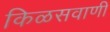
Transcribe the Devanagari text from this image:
किळसवाणी